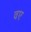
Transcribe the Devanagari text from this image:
वए